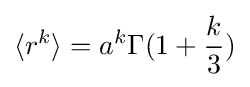
\langle r^{k}\rangle =a^{k}\Gamma (1+{\frac {k}{3}})